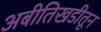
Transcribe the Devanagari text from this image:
अबीतिखडीतून